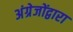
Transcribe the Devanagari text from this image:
अंग्रेजोंद्वारा